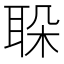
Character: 𦕰